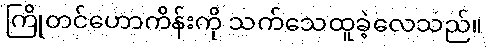
ကြိုတင်ဟောကိန်းကို သက်သေထူခဲ့လေသည်။